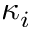
\kappa _ { i }